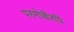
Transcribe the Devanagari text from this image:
परमोच्चैरपि